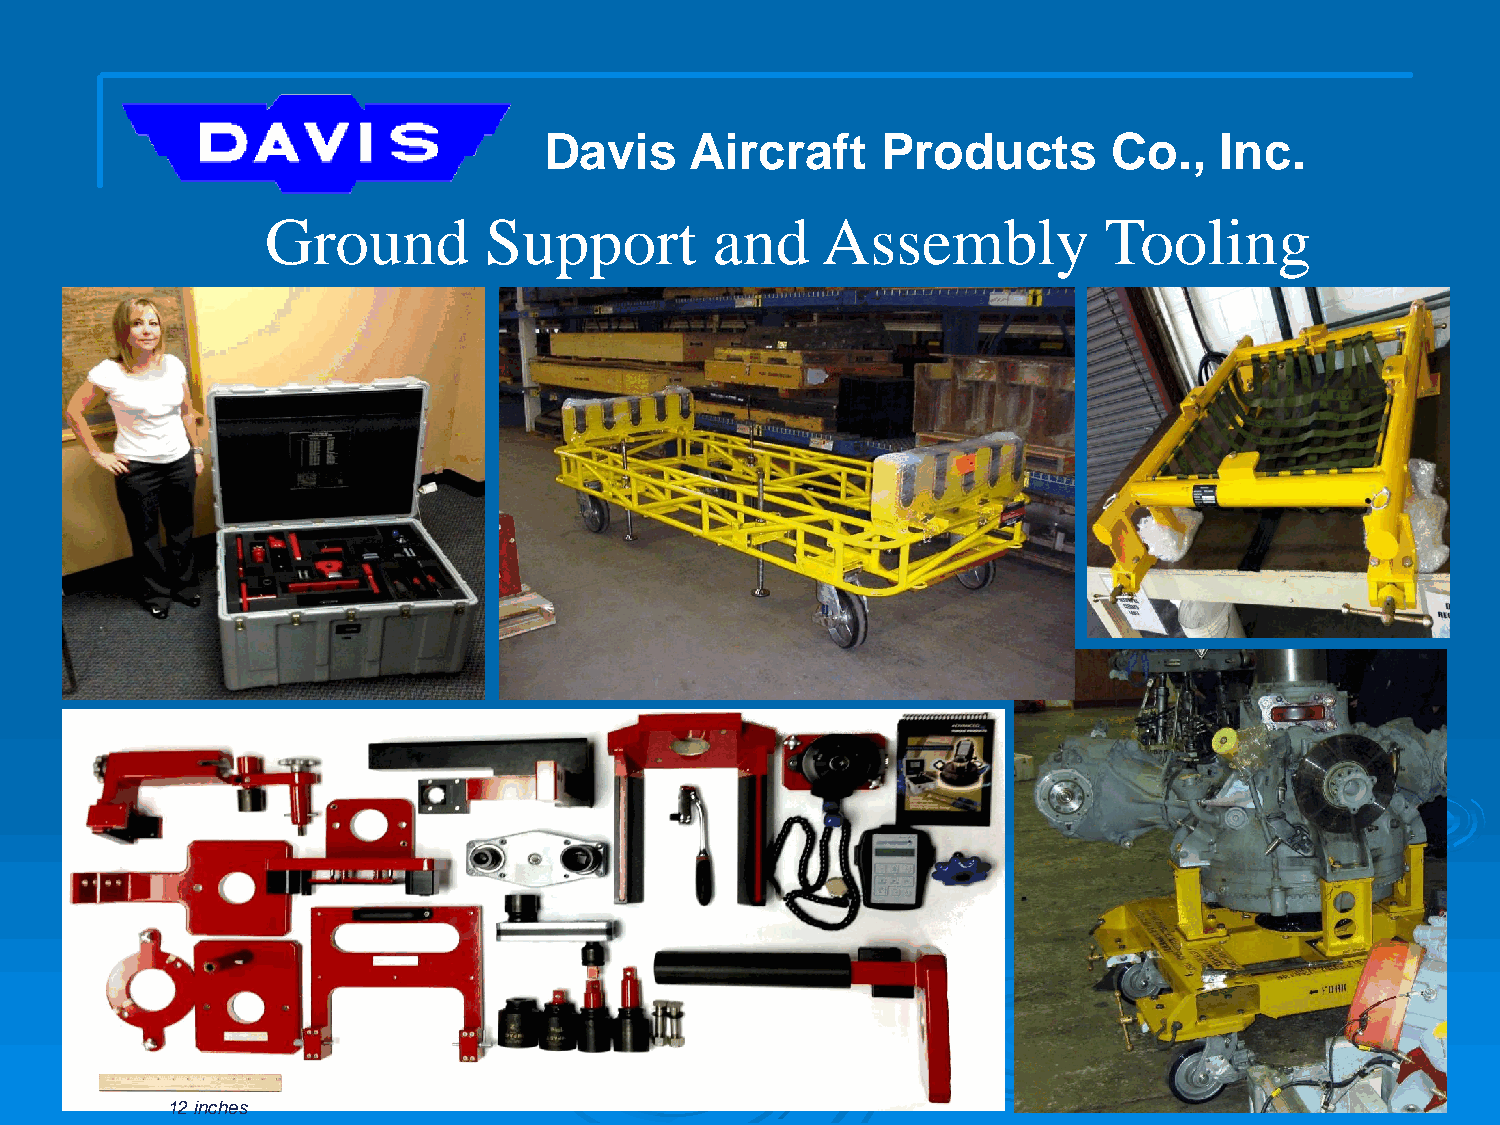
Davis     Aircraft    Products        Co.,   Inc.
 Ground        Support        and    Assembly           Tooling
 12 inches